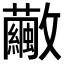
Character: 𣀸